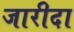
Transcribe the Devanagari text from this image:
जारीदा